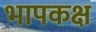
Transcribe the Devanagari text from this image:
भापकक्ष